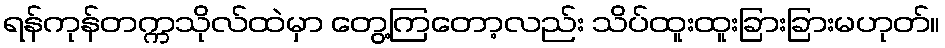
ရန်ကုန်တက္ကသိုလ်ထဲမှာ တွေ့ကြတော့လည်း သိပ်ထူးထူးခြားခြားမဟုတ်။